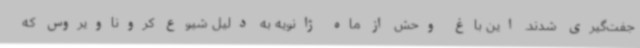
جفت‌گیری شدند. این باغ وحش از ماه ژانویه به دلیل شیوع کروناویروس که